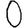
Digit: 0